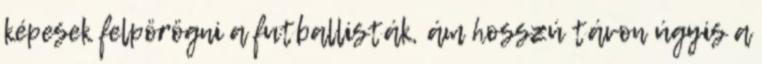
képesek felpörögni a futballisták, ám hosszú távon úgyis a